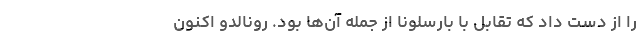
را از دست داد که تقابل با بارسلونا از جمله آن‌ها بود. رونالدو اکنون